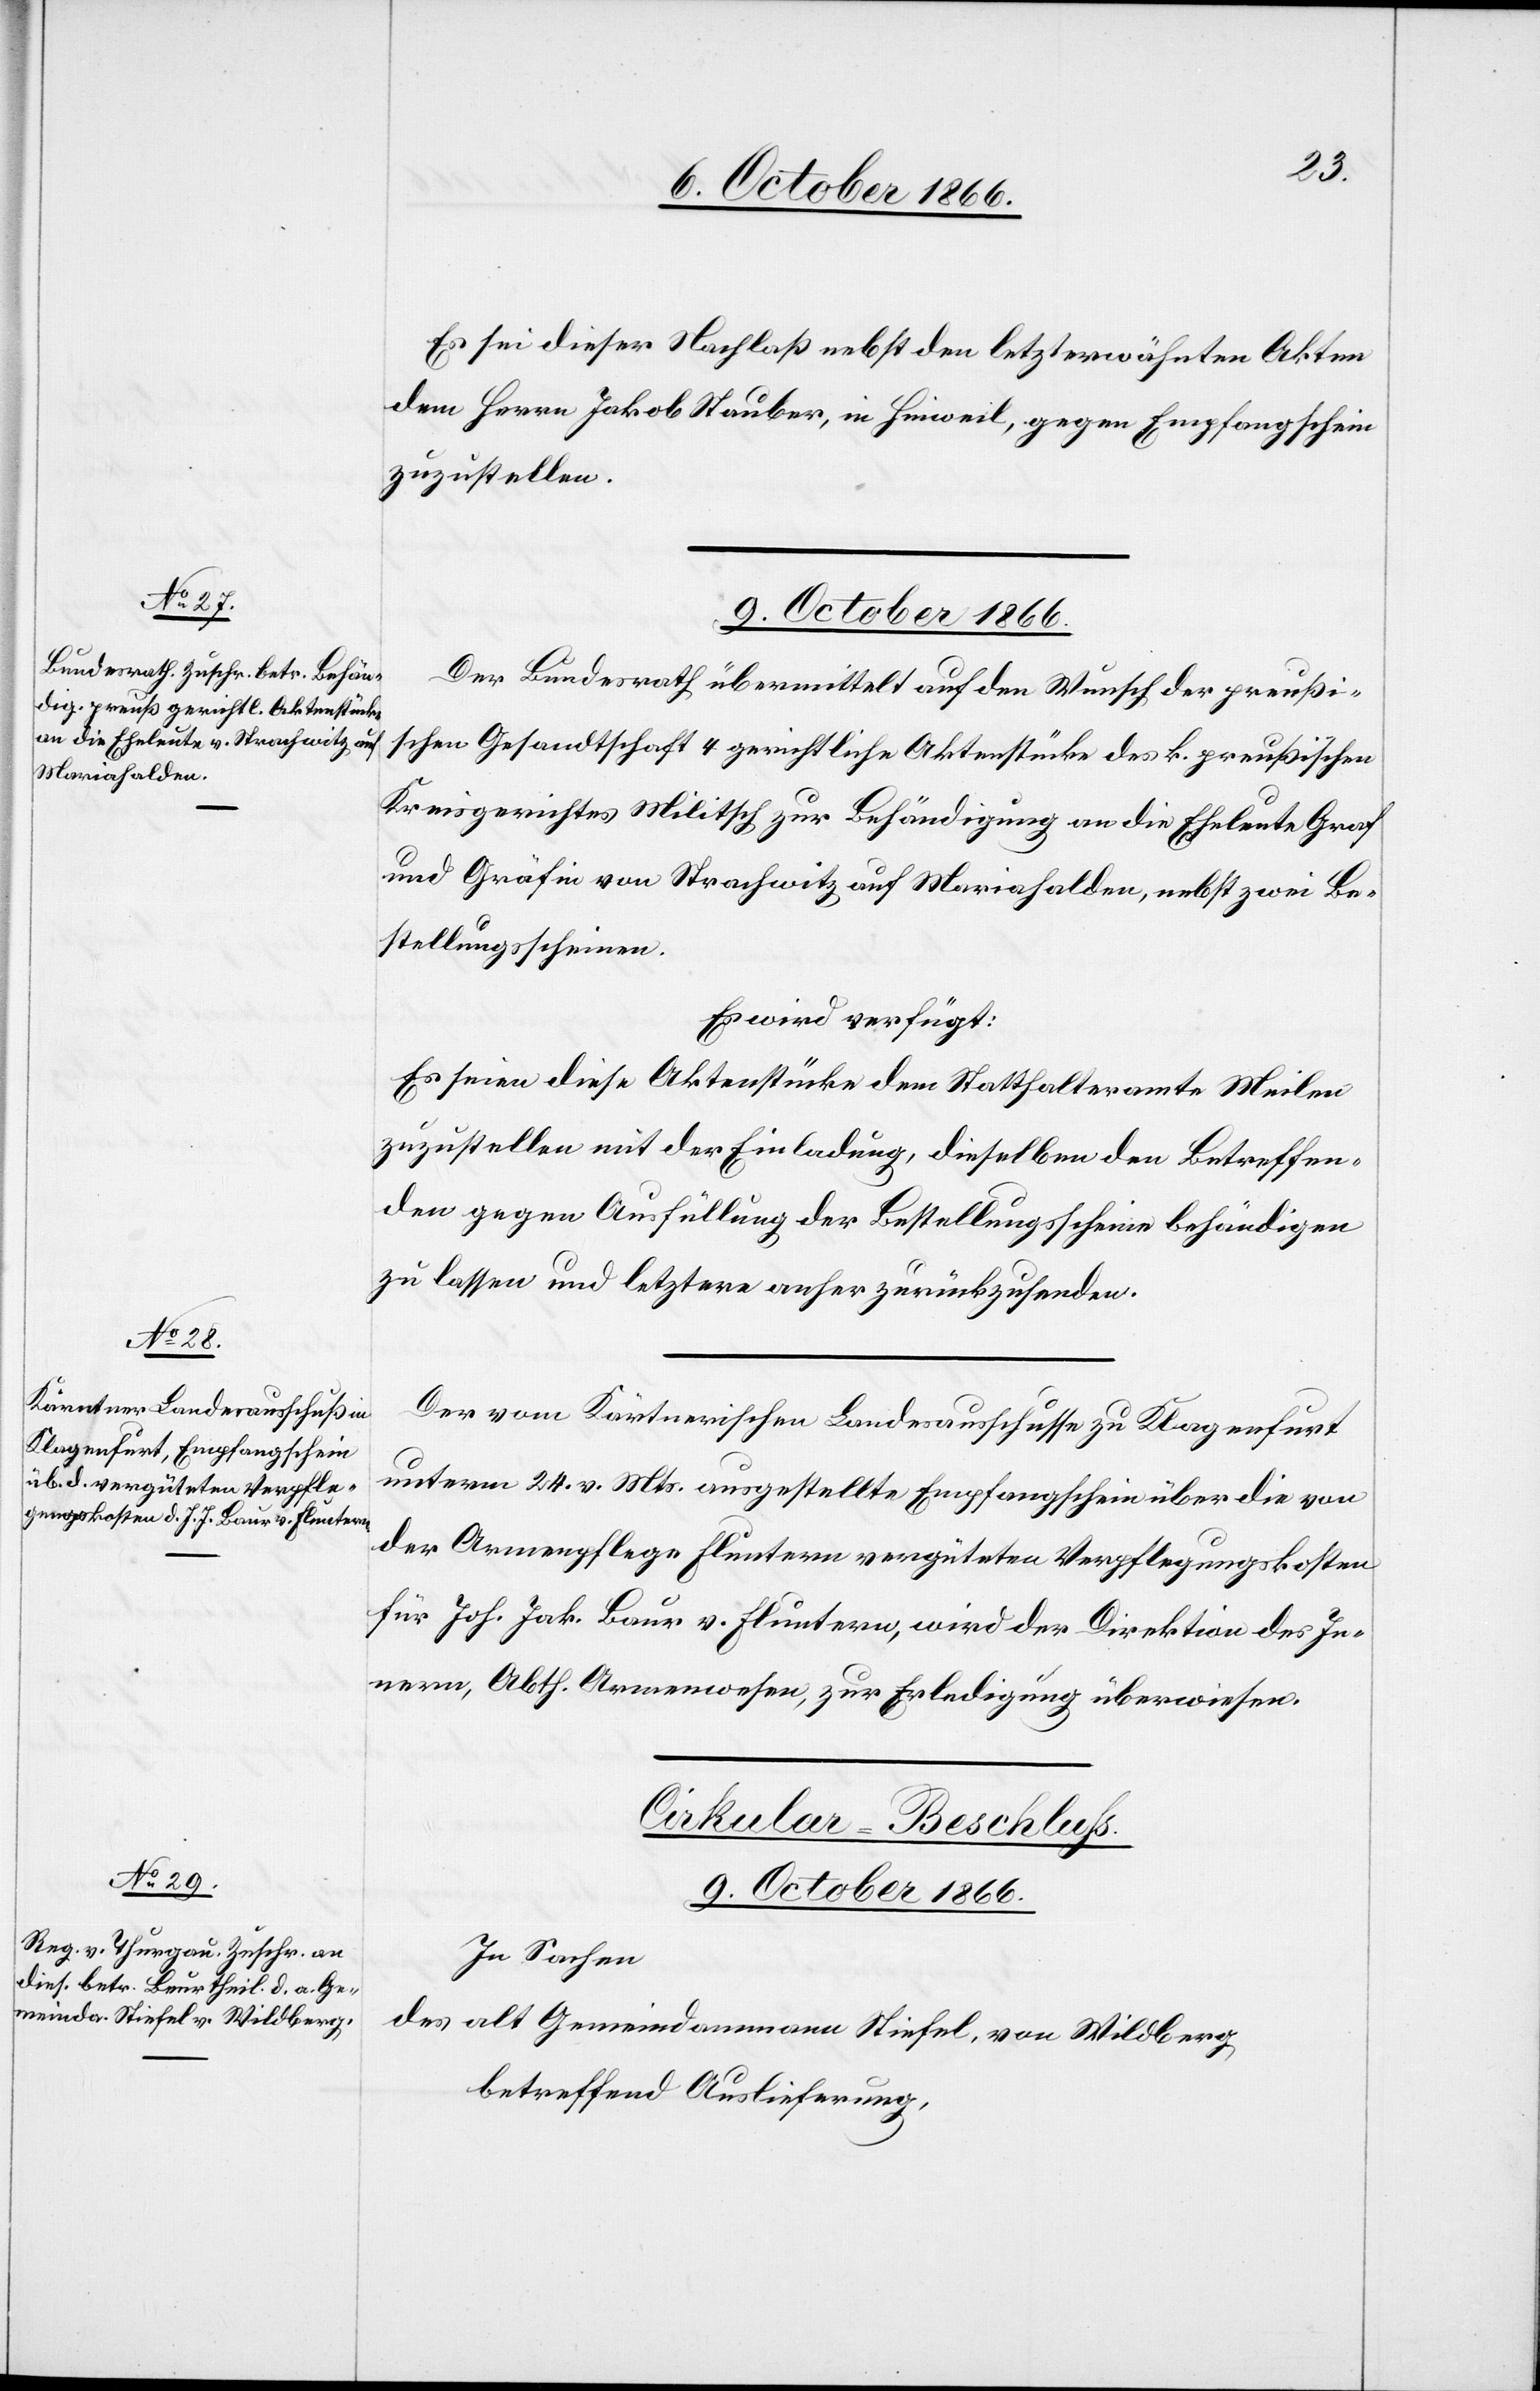
Es sei dieser Nachlaß nebst den letzterwähnten Akten
dem Herrn Jakob Stauber, in Hinweil, gegen Empfangschein
zuzustellen.
9. October 1866.
Der Bundesrath übermittelt auf den Wunsch der preußi¬
schen Gesandtschaft 4 gerichtliche Aktenstücke des k. preußischen
Kreisgerichtes Militsch zur Behändigung an die Eheleute Graf
und Gräfin von Strachwitz auf Mariahalden, nebst zwei Be¬
stellungsscheinen.
Es wird verfügt:
Es seien diese Aktenstücke dem Statthalteramte Meilen
zuzustellen mit der Einladung, dieselben den Betreffen¬
den gegen Ausfüllung der Bestellungsscheine behändigen
zu lassen und letztere anher zurückzusenden.
Der vom Kärntnerischen Landesausschusse zu Klagenfurt
unterm 24. v. Mts. ausgestellte Empfangschein über die von
der Armenpflege Fluntern vergüteten Verpflegungskosten
für Joh. Jak. Baur v. Fluntern, wird der Direktion des In¬
nern, Abth. Armenwesen, zur Erledigung überwiesen.
Cirkular-Beschluß.
9. October 1866.
In Sachen
des alt Gemeindammann Stiefel, von Wildberg,
betreffend Auslieferung,